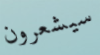
سيشعرون